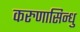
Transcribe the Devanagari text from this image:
करुणासिन्धु